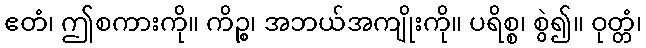
ဧတံ၊ ဤစကားကို။ ကိဉ္စ၊ အဘယ်အကျိုးကို။ ပရိစ္စ၊ စွဲ၍။ ဝုတ္တံ၊